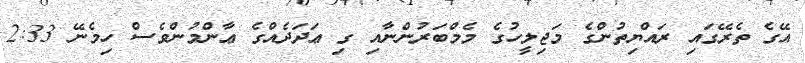
އޭގެ ތެރޭގައި ރައްޔިތުންގެ މަޖިލީހުގެ މެމްބަރުންނާއި ގި ޢަދަދެއްގެ ޢާންމުންވެސް ހިމެނޭ 2:33